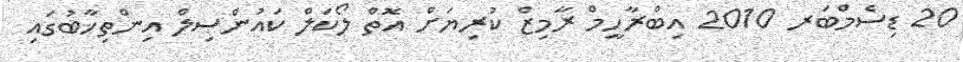
20 ޑިސެމްބަރ 2010 އިބްރާހީމް ރާމިޒް ކުރިޔަށް އޮތް ލޯކަލް ކައުންސިލް އިންތިޚާބުގައި